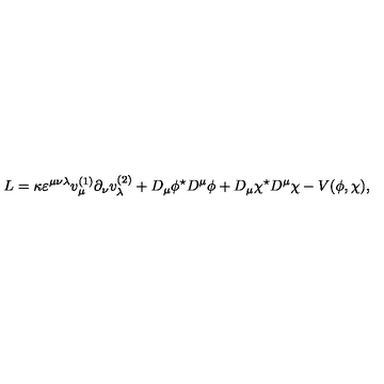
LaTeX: L = \kappa \varepsilon ^ { \mu \nu \lambda } v _ { \mu } ^ { ( 1 ) } \partial _ { \nu } v _ { \lambda } ^ { ( 2 ) } + D _ { \mu } \phi ^ { \star } D ^ { \mu } \phi + D _ { \mu } \chi ^ { \star } D ^ { \mu } \chi - V ( \phi , \chi ) ,